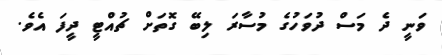
ވަނީ ދެ މަސް ދުވަހުގެ މުސާރަ ލިބޭ ގޮތަށް ޗުއްޓީ ދީފަ އެވެ.